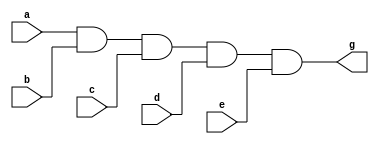
`timescale 1ns / 1ps

// fpga4student.com: FPGA projects, Verilog projects, VHDL projects 
// Verilog code for decoder 
// 5-input AND gate 
module AND_5_input(g,a,b,c,d,e);

  output g;
  input a,b,c,d,e;
  and and1(f1,a,b,c,d),
            and2(g,f1,e);
endmodule

// fpga4student.com: FPGA projects, Verilog projects, VHDL projects 
// Verilog code for decoder 
// Decoder top level Verilog code using 5-input AND gates 
module dec5to32(Out,Adr);

	input [4:0] Adr; // Adr=Address of register
	output [31:0] Out;
	not Inv4(Nota, Adr[4]);
	not Inv3(Notb, Adr[3]);
	not Inv2(Notc, Adr[2]);
	not Inv1(Notd, Adr[1]);
	not Inv0(Note, Adr[0]);

	AND_5_input a0(Out[0],  Nota,Notb,Notc,Notd,Note); // 00000
	AND_5_input a1(Out[1],  Nota,Notb,Notc,Notd,Adr[0]); // 00001
	AND_5_input a2(Out[2],  Nota,Notb,Notc,Adr[1],Note); //00010
	AND_5_input a3(Out[3],  Nota,Notb,Notc,Adr[1],Adr[0]);
	AND_5_input a4(Out[4],  Nota,Notb,Adr[2],Notd,Note);
	AND_5_input a5(Out[5],  Nota,Notb,Adr[2],Notd,Adr[0]);
	AND_5_input a6(Out[6],  Nota,Notb,Adr[2],Adr[1],Note);
	AND_5_input a7(Out[7],  Nota,Notb,Adr[2],Adr[1],Adr[0]);
	AND_5_input a8(Out[8],    Nota,Adr[3],Notc,Notd,Note);
	AND_5_input a9(Out[9],    Nota,Adr[3],Notc,Notd,Adr[0]);
	AND_5_input a10(Out[10],  Nota,Adr[3],Notc,Adr[1],Note);
	AND_5_input a11(Out[11],  Nota,Adr[3],Notc,Adr[1],Adr[0]);
	AND_5_input a12(Out[12],  Nota,Adr[3],Adr[2],Notd,Note);
	AND_5_input a13(Out[13],  Nota,Adr[3],Adr[2],Notd,Adr[0]);
	AND_5_input a14(Out[14],  Nota,Adr[3],Adr[2],Adr[1],Note);
	AND_5_input a15(Out[15],  Nota,Adr[3],Adr[2],Adr[1],Adr[0]);
	AND_5_input a16(Out[16],  Adr[4],Notb,Notc,Notd,Note);
	AND_5_input a17(Out[17],  Adr[4],Notb,Notc,Notd,Adr[0]);
	AND_5_input a18(Out[18],  Adr[4],Notb,Notc,Adr[1],Note);
	AND_5_input a19(Out[19],  Adr[4],Notb,Notc,Adr[1],Adr[0]);
	AND_5_input a20(Out[20],  Adr[4],Notb,Adr[2],Notd,Note);
	AND_5_input a21(Out[21],  Adr[4],Notb,Adr[2],Notd,Adr[0]);
	AND_5_input a22(Out[22],  Adr[4],Notb,Adr[2],Adr[1],Note);
	AND_5_input a23(Out[23],  Adr[4],Notb,Adr[2],Adr[1],Adr[0]);
	AND_5_input a24(Out[24],  Adr[4],Adr[3],Notc,Notd,Note);
	AND_5_input a25(Out[25],  Adr[4],Adr[3],Notc,Notd,Adr[0]);
	AND_5_input a26(Out[26],  Adr[4],Adr[3],Notc,Adr[1],Note);
	AND_5_input a27(Out[27],  Adr[4],Adr[3],Notc,Adr[1],Adr[0]);
	AND_5_input a28(Out[28],  Adr[4],Adr[3],Adr[2],Notd,Note);
	AND_5_input a29(Out[29],  Adr[4],Adr[3],Adr[2],Notd,Adr[0]);
	AND_5_input a30(Out[30],  Adr[4],Adr[3],Adr[2],Adr[1],Note);
	AND_5_input a31(Out[31],  Adr[4],Adr[3],Adr[2],Adr[1],Adr[0]); // 11111

endmodule